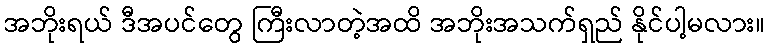
အဘိုးရယ် ဒီအပင်တွေ ကြီးလာတဲ့အထိ အဘိုးအသက်ရှည် နိုင်ပါ့မလား။